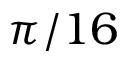
\pi / 1 6